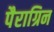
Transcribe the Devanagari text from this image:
पैराग्रिन